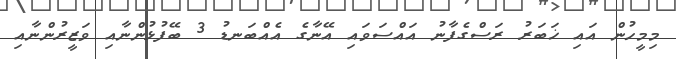
މިމީހުން އައި ޚަބަރު ރަސްގެފާނު އައްސަވައި އޭނާގެ އެއްބަނޑު 3 ބޭފުޅުންނާއި ވަޒީރުންނާއި